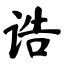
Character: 诰